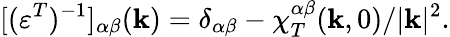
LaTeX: [(\varepsilon^{T})^{-1}]_{\alpha\beta}({\mathbf k})=\delta_{\alpha\beta}-{\chi}_{T}^{\alpha\beta}({\mathbf k},0)/|{\mathbf k}|^{2}.